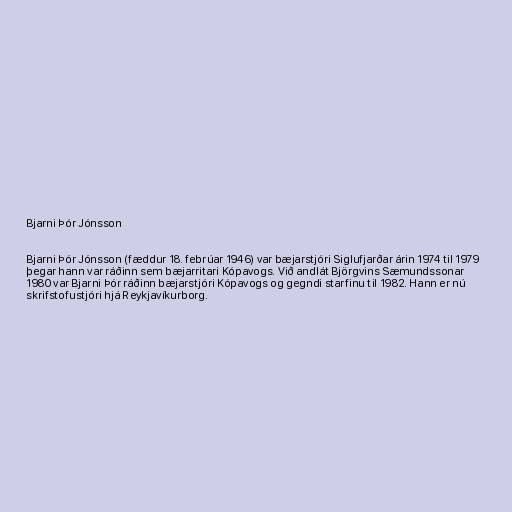
Bjarni Þór Jónsson

Bjarni Þór Jónsson (fæddur 18. febrúar 1946) var bæjarstjóri Siglufjarðar árin 1974 til 1979
þegar hann var ráðinn sem bæjarritari Kópavogs. Við andlát Björgvins Sæmundssonar
1980 var Bjarni Þór ráðinn bæjarstjóri Kópavogs og gegndi starfinu til 1982. Hann er nú
skrifstofustjóri hjá Reykjavíkurborg.